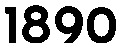
1890